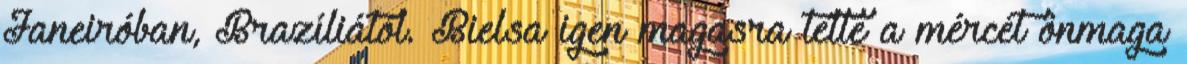
Janeiróban, Brazíliától. Bielsa igen magasra tette a mércét önmaga